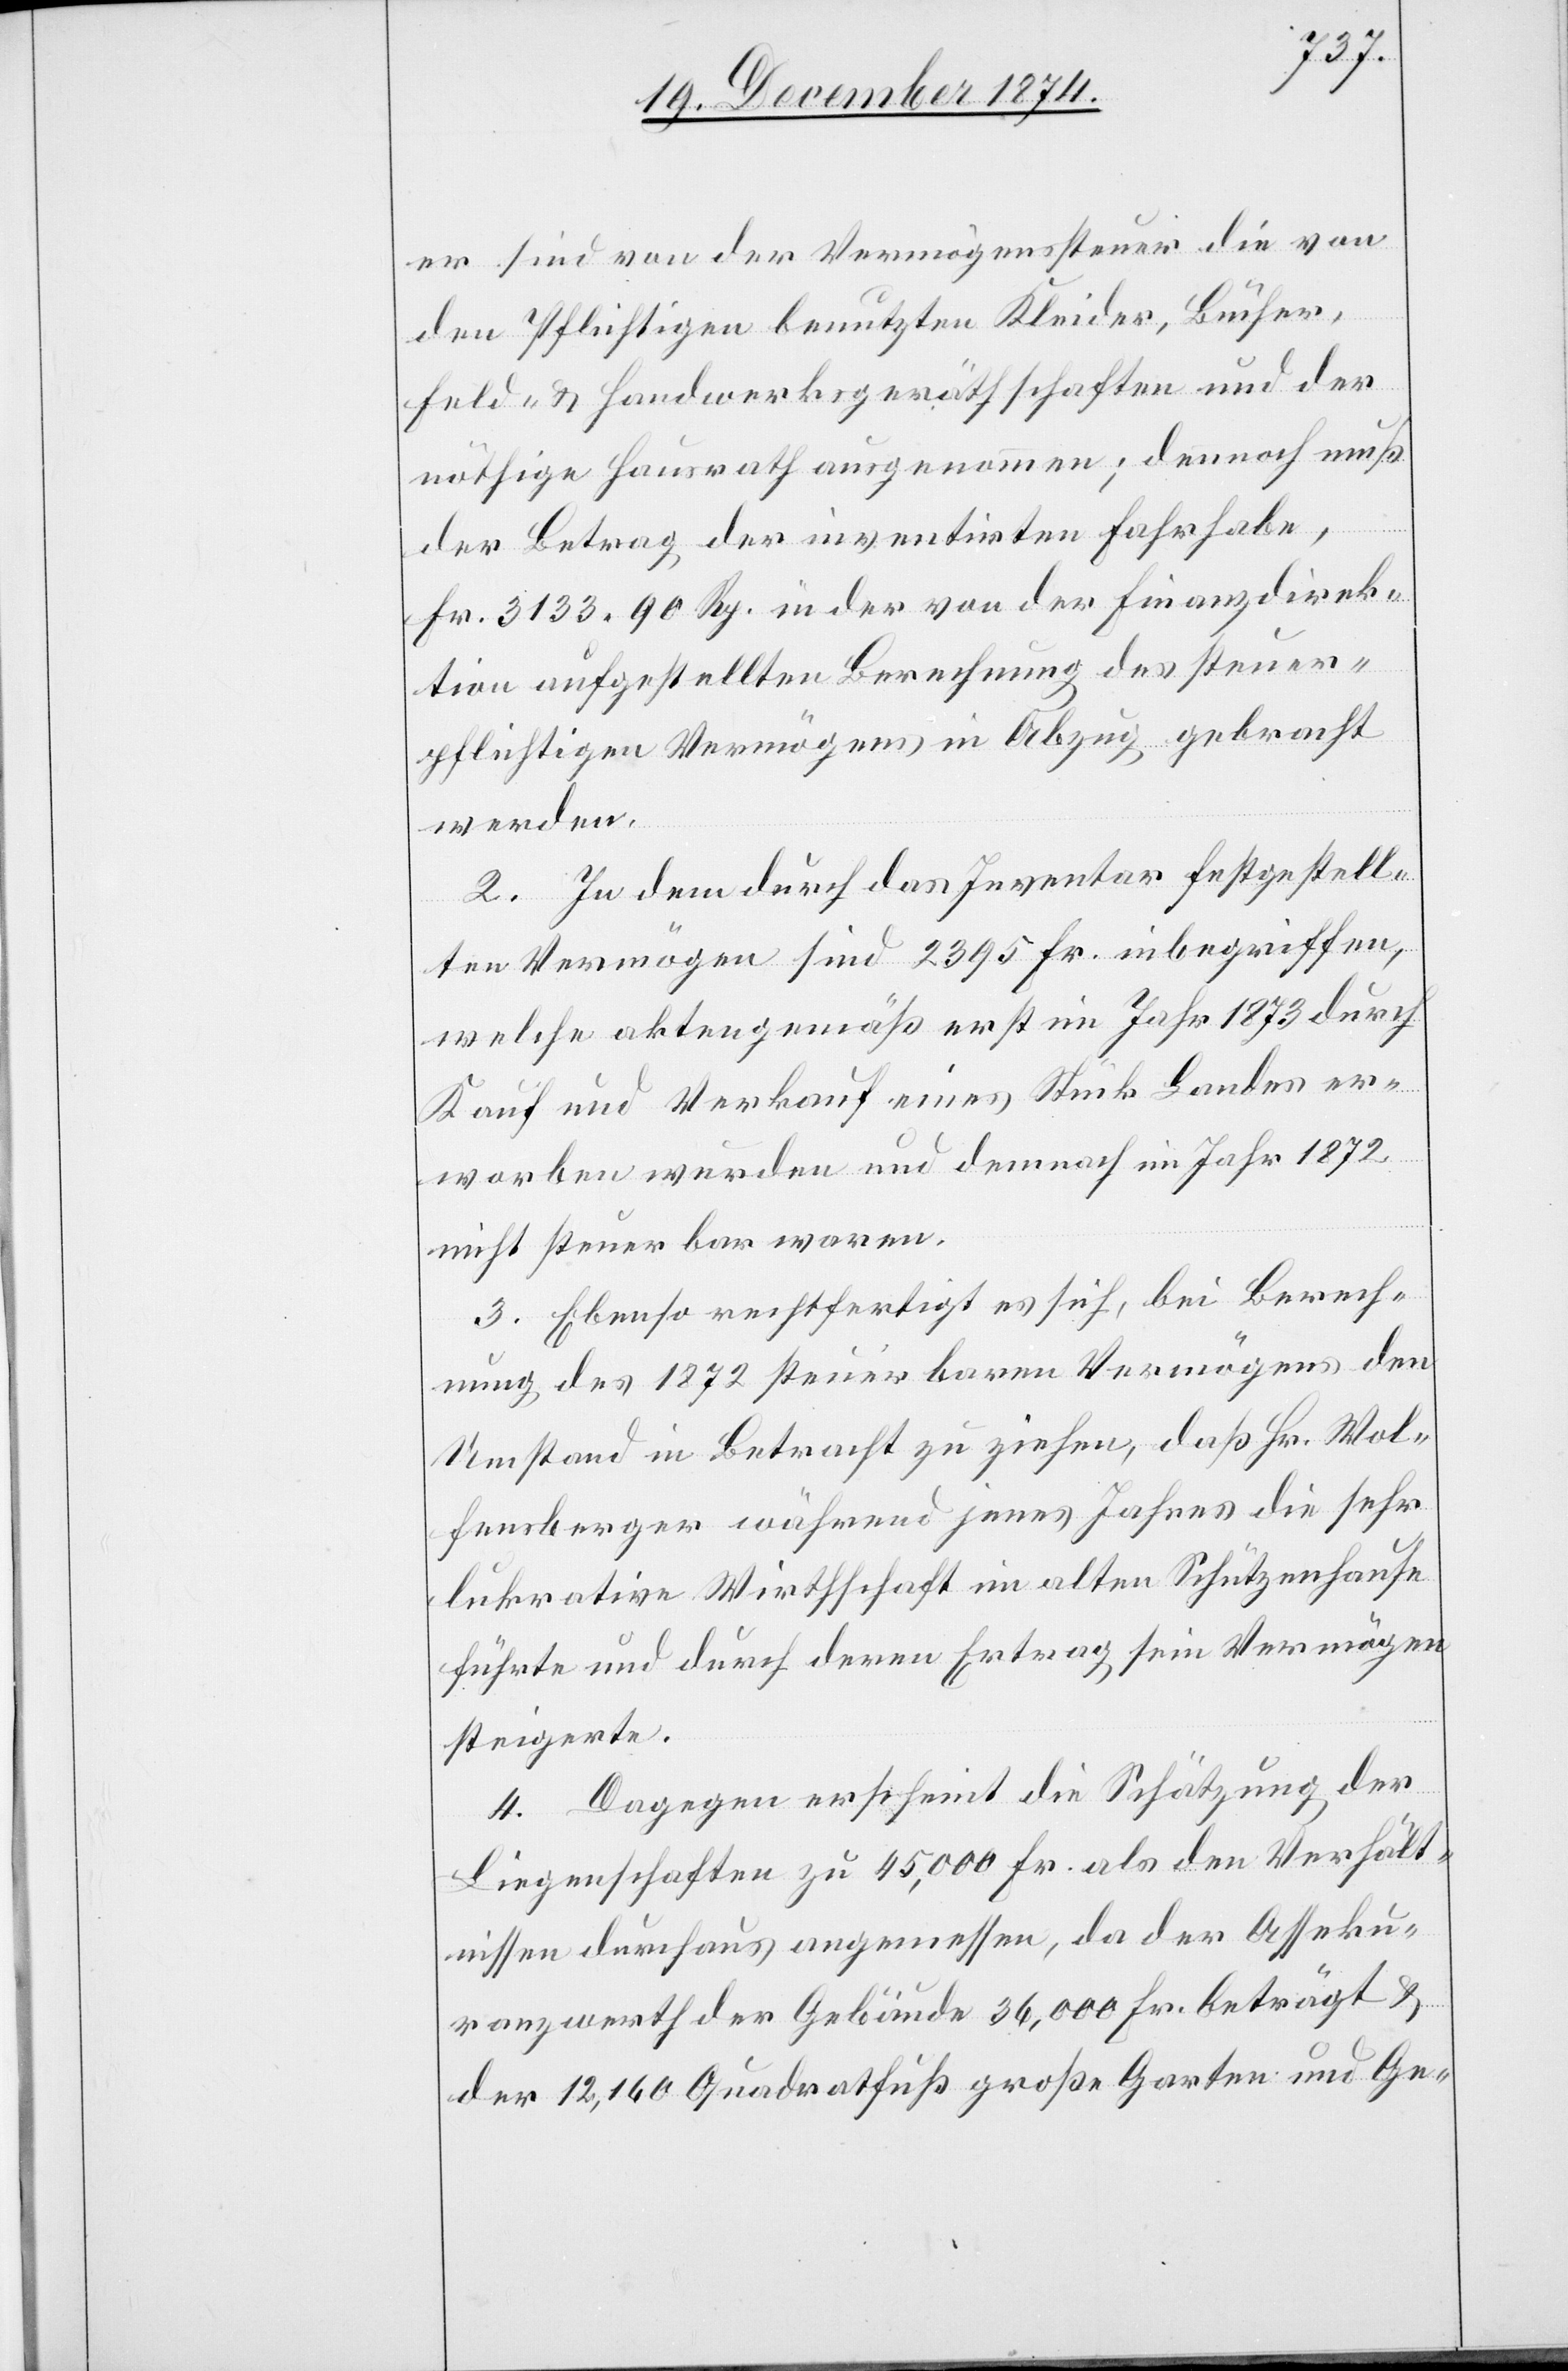
er sind von der Vermögenssteuer die von
den Pflichtigen benutzten Kleider, Bücher,
Feld- & Handwerksgeräthschaften und der
nöthige Hausrath ausgenommen; dennoch muß
der Betrag der inventirten Fahrhabe,
Fr. 3133. 90 Rp. in der von der Finanzdirek¬
tion aufgestellten Berechnung des steuer¬
pflichtigen Vermögens in Abzug gebracht
werden.
2. In dem durch das Inventar festgestell¬
ten Vermögen sind 2395 Fr. inbegriffen,
welche aktengemäß erst im Jahr 1873 durch
Kauf und Verkauf eines Stück Landes er¬
worben wurden und demnach im Jahr 1872
nicht steuerbar waren.
3. Ebenso rechtfertigt es sich, bei Berech¬
nung des 1872 steuerbaren Vermögens den
Umstand in Betracht zu ziehen, daß Hr. Wol¬
fensberger während jenes Jahres die sehr
lukrative Wirthschaft im alten Schützenhause
führt und durch deren Ertrag sein Vermögen
steigerte.
4. Dagegen erscheint die Schätzung der
Liegenschaften zu 45,000 Fr. als den Verhält¬
nissen durchaus angemessen, da der Asseku¬
ranzwerth der Gebäude 36,000 Fr. beträgt &
der 12,160 Quadratfuß große Garten und Ge-